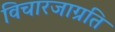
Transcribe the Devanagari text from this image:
विचारजाग्रति